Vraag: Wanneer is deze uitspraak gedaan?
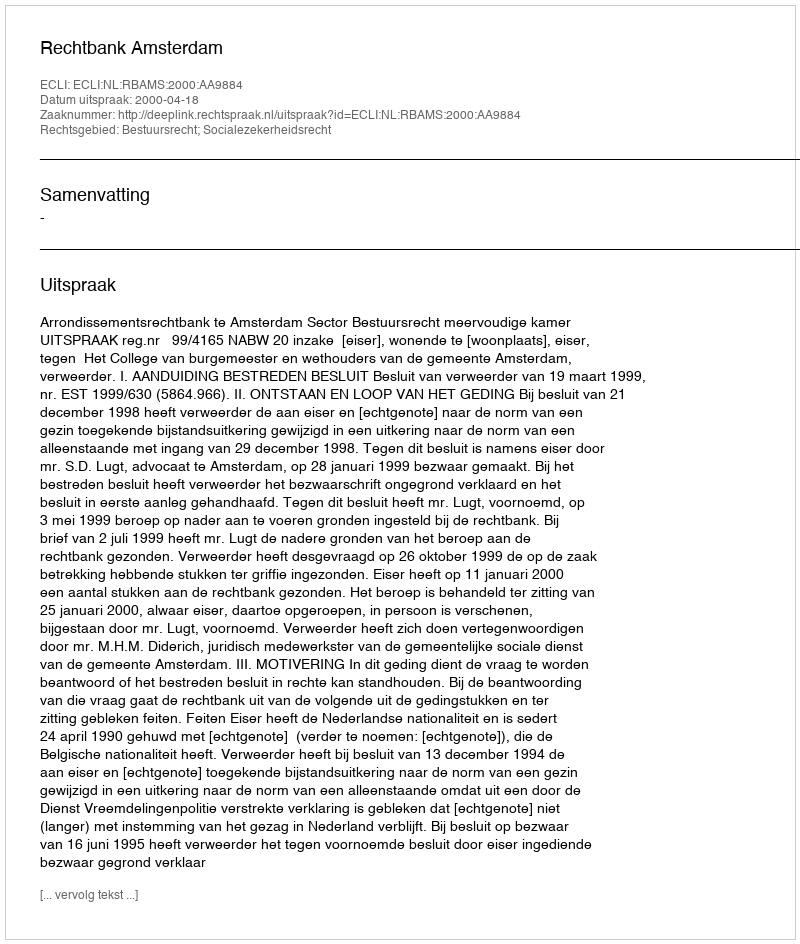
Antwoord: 2000-04-18